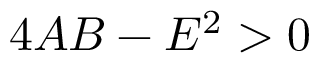
4 A B - E ^ { 2 } > 0